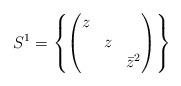
LaTeX: \begin{align*}S^1=\left\{\begin{pmatrix}z &&\\& z &\\&& \bar{z}^2\end{pmatrix}\right\}\end{align*}